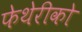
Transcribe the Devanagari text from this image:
फेथेरीको